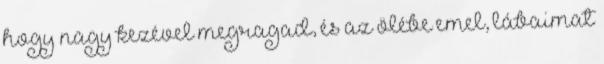
hogy nagy kezével megragad, és az ölébe emel, lábaimat